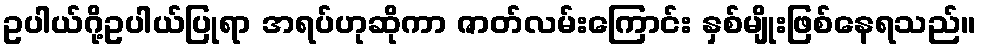
ဥပါယ်ဂို့ဥပါယ်ပြုရာ အရပ်ဟုဆိုကာ ဇာတ်လမ်းကြောင်း နှစ်မျိုးဖြစ်နေရသည်။